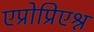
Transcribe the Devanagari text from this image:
एप्रोप्रिएश्न